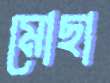
মোছা